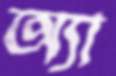
অ্যা